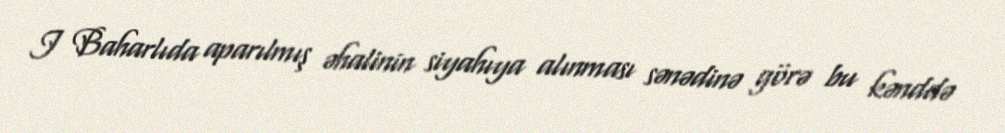
I Baharlıda aparılmış əhalinin siyahıya alınması sənədinə görə bu kənddə